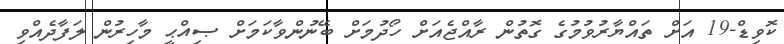
ކޮވިޑް-19 އަށް ތައްޔާރުވުމުގެ ގޮތުން ރާއްޖެއަށް ހޯދުމަށް ބޭނުންވާކަމަށް ޞިއްޙީ މާހިރުން ލަފާދެއްވި